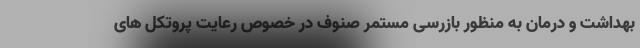
بهداشت و درمان به منظور بازرسی مستمر صنوف در خصوص رعایت پروتکل های